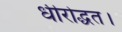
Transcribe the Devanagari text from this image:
धीरोद्धत।